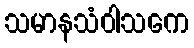
သမာနသံဝါသကေ